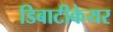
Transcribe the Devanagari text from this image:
डिबाटीकेयर